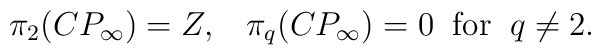
\pi_{2}(CP_{\infty}) = Z, \; \; \; \pi_{q}(CP_{\infty}) = 0 \; \;\mbox{for} \; \; q \neq 2.